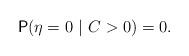
LaTeX: \begin{align*} \mathsf{P} (\eta=0~|~C>0 )=0.\end{align*}